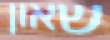
שאון